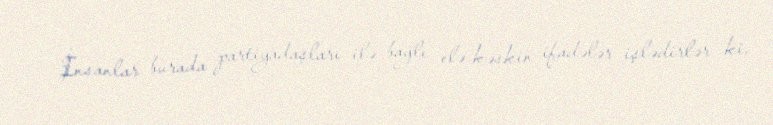
- İnsanlar burada partiyadaşları ilə bağlı elə kəskin ifadələr işlədirlər ki,